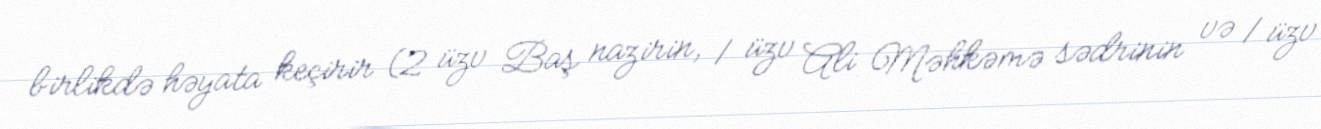
birlikdə həyata keçirir (2 üzv Baş nazirin, 1 üzv Ali Məhkəmə sədrinin və 1 üzv